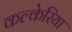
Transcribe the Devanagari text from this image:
कल्केरिया